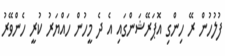
ފުލުހުން ރޭ ހިންގި އޮޕަރޭޝަންގައި އެ ދެ މީހުން ހައްޔަރު ކުރީ ހެންވޭރު